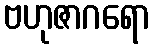
ဗဟုဇာဂရော